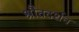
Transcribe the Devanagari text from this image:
श्रौतदर्शन